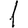
Digit: 1